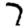
Digit: 7